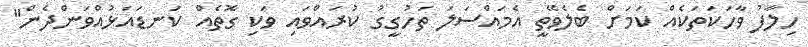
ހިލާފު ވާހަކަތަކެއް ކަމަށް ބެލެވޭތީ އެމައްސަލަ ތަހުގީގު ކުރައްވައި ވަކި ގޮތެއް ކަނޑައަޅުއްވަންދެން"